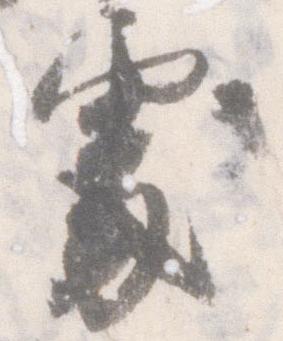
処